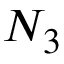
N _ { 3 }